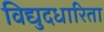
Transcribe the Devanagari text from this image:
विद्युदधारिता